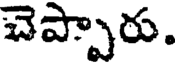
చెప్పారు.